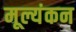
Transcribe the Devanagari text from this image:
मूल्यंकन